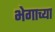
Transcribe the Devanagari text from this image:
भेगाच्या